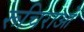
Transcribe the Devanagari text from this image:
रूचिराओं